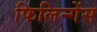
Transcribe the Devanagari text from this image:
फिलिन्गेंस